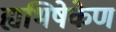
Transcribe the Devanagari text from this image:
ह्यभिषेकेण